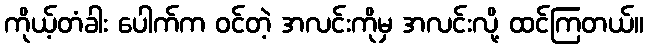
ကိုယ့်တံခါး ပေါက်က ဝင်တဲ့ အလင်းကိုမှ အလင်းလို့ ထင်ကြတယ်။